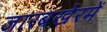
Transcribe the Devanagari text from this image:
जारबखेरमें